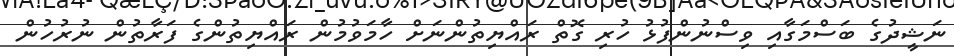
ނަޝީދުގެ ބަސްމަގާއި ވިސްނުންފުޅު ހުރި ގޮތް ރައްޔިތުންނަށް ހާމަވުމުން ރައްޔިތުންގެ ފަރާތުން ނުރުހުން